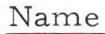
Name